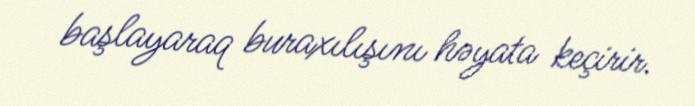
başlayaraq buraxılışını həyata keçirir.